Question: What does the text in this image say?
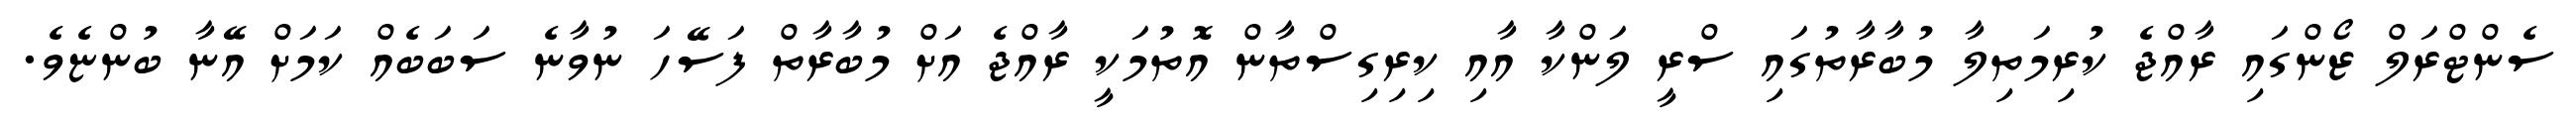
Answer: ސެންޓްރަލް ޒޯންގައި ރާއްޖެ ކުރިމަތިލާ މުބާރާތުގައި ސްރީ ލަންކާ އާއި ކިރިގިސްތާން އޮތުމަކީ ރާއްޖެ އަށް މުބާރާތް ފަސޭހަ ނުވާނެ ސަބަބެއް ކަމަށް އޭނާ ބުންޏެވެ.